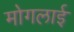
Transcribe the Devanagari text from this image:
मोगलार्इ